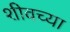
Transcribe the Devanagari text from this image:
शीवच्या